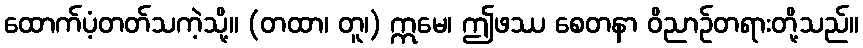
ထောက်ပံ့တတ်သကဲ့သို့။ (တထာ၊ တူ၊) ဣမေ၊ ဤဖဿ စေတနာ ဝိညာဉ်တရားတို့သည်။